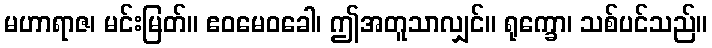
မဟာရာဇ၊ မင်းမြတ်။ ဧဝမေဝခေါ၊ ဤအတူသာလျှင်။ ရုက္ခော၊ သစ်ပင်သည်။